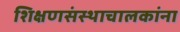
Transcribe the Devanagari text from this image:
शिक्षणसंस्थाचालकांना